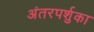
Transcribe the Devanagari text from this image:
अंतरपर्शुका